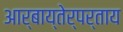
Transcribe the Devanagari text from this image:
आर्बाय्तेर्पर्ताय